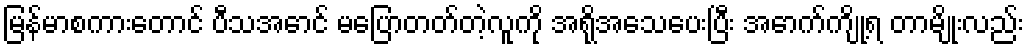
မြန်မာစကားတောင် ပီသအောင် မပြောတတ်တဲ့လူကို အရိုအသေပေးပြီး အောက်ကျို့ရ တာမျိုးလည်း